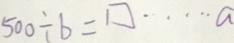
5 0 0 \div b = \square \cdots a